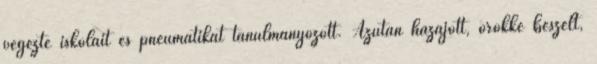
végezte iskoláit és pneumatikát tanulmányozott. Azután hazajött, örökké beszélt,